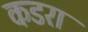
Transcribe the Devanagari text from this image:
कडरा